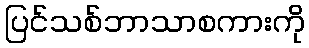
ပြင်သစ်ဘာသာစကားကို